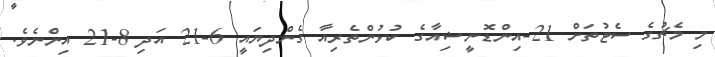
މި މެޗުގެ ސެޓުތަށް 21-އިންޑޮނީޝިއާގެ ކުޅުންތެރިއާ ގެންދިޔައީ 6-21 އަދި 8-21 އިންނެވެ.